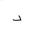
Letter: _dal